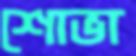
শোভা